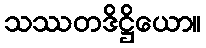
သဿတဒိဋ္ဌိယော။